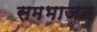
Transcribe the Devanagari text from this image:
समभाजन